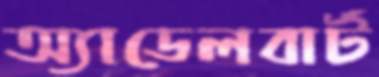
অ্যাডেলবার্ট